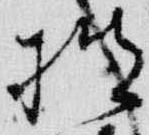
披